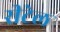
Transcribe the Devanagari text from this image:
रीटेल